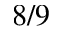
8 / 9